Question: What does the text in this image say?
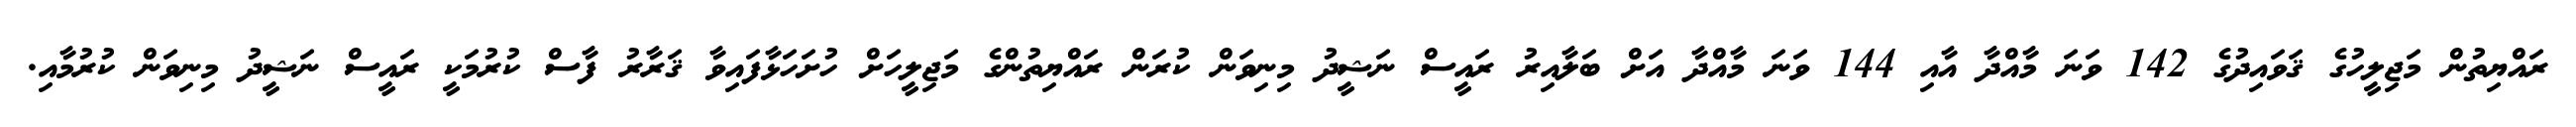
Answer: ރައްޔިތުން މަޖިލީހުގެ ޤަވައިދުގެ 142 ވަނަ މާއްދާ އާއި 144 ވަނަ މާއްދާ އަށް ބަލާއިރު ރައީސް ނަޝީދު މިނިވަން ކުރަން ރައްޔިތުންގެ މަޖިލީހަށް ހުށަހަޅާފައިވާ ޤަރާރު ފާސް ކުރުމަކީ ރައީސް ނަޝީދު މިނިވަން ކުރުމާއި.